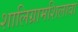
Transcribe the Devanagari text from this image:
शालिग्रामशिलावा